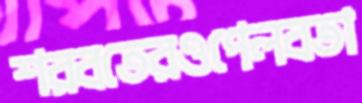
শরবতেরওপেলবতা